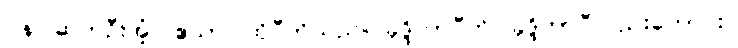
ပန၊ ဆက်ဦးအံ့။ ဧသာ၊ ထိုပီတိသည်။ ခုဒ္ဒိကာပီတိ၊ ခုဒ္ဒိကာပီလည်းကောင်း။